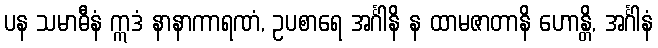
ပန သမာဓီနံ ဣဒံ နာနာကာရဏံ, ဥပစာရေ အင်္ဂါနိ န ထာမဇာတာနိ ဟောန္တိ, အင်္ဂါနံ